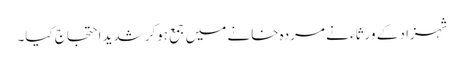
شہزاد کے ورثاء نے مردہ خانے میں جمع ہوکرشدید احتجاج کیا۔